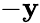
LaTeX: -\mathbf{y}